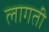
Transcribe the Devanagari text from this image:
लागती